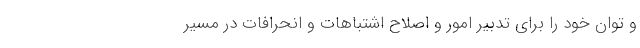
و توان خود را برای تدبیر امور و اصلاح اشتباهات و انحرافات در مسیر